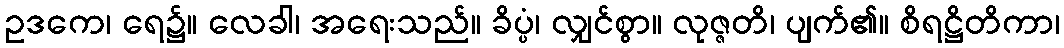
ဥဒကေ၊ ရေ၌။ လေခါ၊ အရေးသည်။ ခိပ္ပံ၊ လျှင်စွာ။ လုဇ္ဇတိ၊ ပျက်၏။ စိရဋ္ဌိတိကာ၊